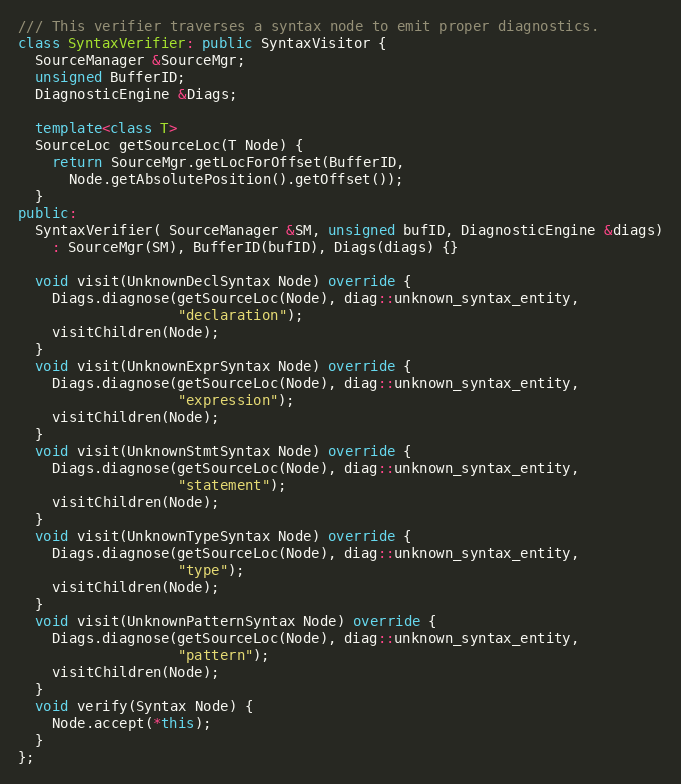
Language: C++
/// This verifier traverses a syntax node to emit proper diagnostics.
class SyntaxVerifier: public SyntaxVisitor {
  SourceManager &SourceMgr;
  unsigned BufferID;
  DiagnosticEngine &Diags;

  template<class T>
  SourceLoc getSourceLoc(T Node) {
    return SourceMgr.getLocForOffset(BufferID,
      Node.getAbsolutePosition().getOffset());
  }
public:
  SyntaxVerifier( SourceManager &SM, unsigned bufID, DiagnosticEngine &diags)
    : SourceMgr(SM), BufferID(bufID), Diags(diags) {}

  void visit(UnknownDeclSyntax Node) override {
    Diags.diagnose(getSourceLoc(Node), diag::unknown_syntax_entity,
                   "declaration");
    visitChildren(Node);
  }
  void visit(UnknownExprSyntax Node) override {
    Diags.diagnose(getSourceLoc(Node), diag::unknown_syntax_entity,
                   "expression");
    visitChildren(Node);
  }
  void visit(UnknownStmtSyntax Node) override {
    Diags.diagnose(getSourceLoc(Node), diag::unknown_syntax_entity,
                   "statement");
    visitChildren(Node);
  }
  void visit(UnknownTypeSyntax Node) override {
    Diags.diagnose(getSourceLoc(Node), diag::unknown_syntax_entity,
                   "type");
    visitChildren(Node);
  }
  void visit(UnknownPatternSyntax Node) override {
    Diags.diagnose(getSourceLoc(Node), diag::unknown_syntax_entity,
                   "pattern");
    visitChildren(Node);
  }
  void verify(Syntax Node) {
    Node.accept(*this);
  }
};